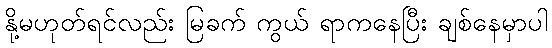
နို့မဟုတ်ရင်လည်း မြခက် ကွယ် ရာကနေပြီး ချစ်နေမှာပါ